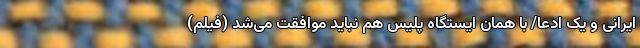
ایرانی و یک ادعا/ با همان ایستگاه پلیس هم نباید موافقت می‌شد (فیلم)